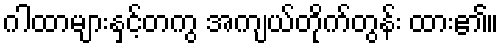
ဂါထာများနှင့်တကွ အကျယ်တိုက်တွန်း ထား၏။